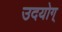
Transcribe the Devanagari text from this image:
उदयोग्